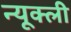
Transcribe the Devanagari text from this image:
न्यूक्ली